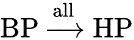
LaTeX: \textrm{BP}\xrightarrow{\textrm{all}}\textrm{HP}